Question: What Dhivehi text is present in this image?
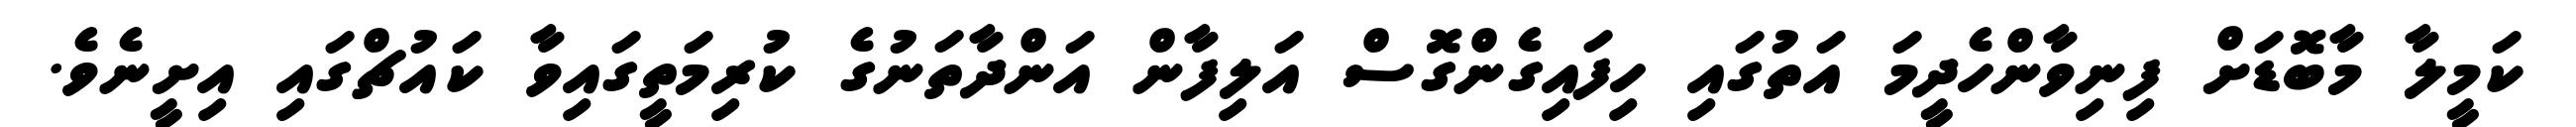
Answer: ކަމީލާ މާބޮޑަށް ފިނިވާންހެދީމަ އަތުގައި ހިފައިގެންގޮސް އަލިފާން އަންދާތަނުގެ ކުރިމަތީގައިވާ ކައުޗްގައި އިށީނެވެ.